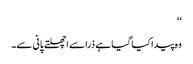
‘‘
وہ پیدا کیا گیا ہے ذرا سے اچھلتے پانی سے۔